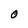
Character: O